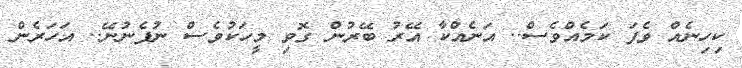
ކިހިނެއް ވެފަ ކަމެއްވެސް.. އަނެއްކާ އޭރު ބޭރުން ގޮވި މީހަކުވެސް ނުފެނުނޭ.. އަހަރެން